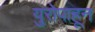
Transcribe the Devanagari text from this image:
युरोपाहून